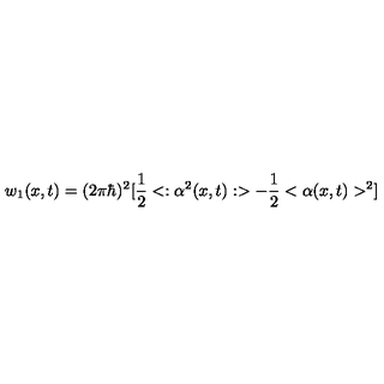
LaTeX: w _ { 1 } ( x , t ) = ( 2 \pi \hbar ) ^ { 2 } [ { \frac { 1 } { 2 } } < : \alpha ^ { 2 } ( x , t ) : > - { \frac { 1 } { 2 } } < \alpha ( x , t ) > ^ { 2 } ]